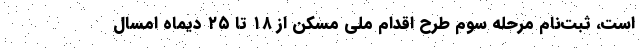
است، ثبت‌نام مرحله سوم طرح اقدام ملی مسکن از ۱۸ تا ۲۵ دیماه امسال